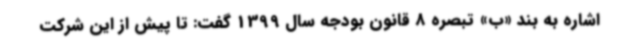
اشاره به بند «ب» تبصره 8 قانون بودجه سال 1399 گفت: تا پیش از این شرکت